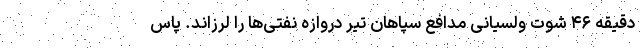
دقیقه ۴۶ شوت ولسیانی مدافع سپاهان تیر دروازه نفتی‌ها را لرزاند. پاس